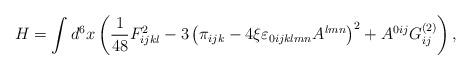
LaTeX: \begin{align*}H=\int d^{6}x\left( \frac{1}{48}F_{ijkl}^{2}-3\left( \pi _{ijk}-4\xi\varepsilon _{0ijklmn}A^{lmn}\right) ^{2}+A^{0ij}G_{ij}^{(2)}\right) ,\end{align*}